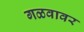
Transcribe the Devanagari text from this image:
गळवावर